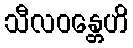
သီလဝန္တေဟိ